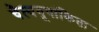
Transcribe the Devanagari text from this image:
चैत्ययूपांकिता